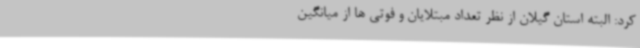
کرد: البته استان گیلان از نظر تعداد مبتلایان و فوتی ها از میانگین